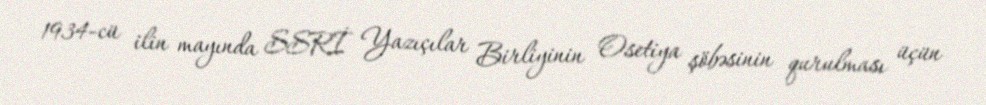
1934-cü ilin mayında SSRİ Yazıçılar Birliyinin Osetiya şöbəsinin qurulması üçün